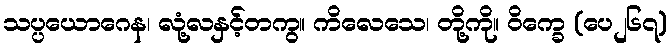
သပ္ပယောဂေန၊ လုံ့လနှင့်တကွ။ ကိလေသေ၊ တို့ကို။ ဝိက္ခေ (ပေ၂၆၇)